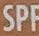
SPE